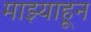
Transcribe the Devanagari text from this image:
माझ्याहून